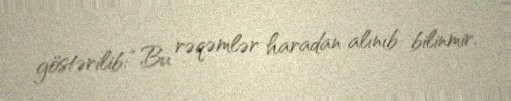
göstərilib: “Bu rəqəmlər haradan alınıb bilinmir.